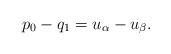
LaTeX: \begin{align*}p_0-q_1=u_\alpha-u_\beta.\end{align*}